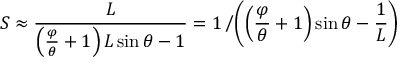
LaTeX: S \approx { \frac { L } { \left( { \frac { \varphi } { \theta } } + 1 \right) L \sin \theta - 1 } } = 1 \left/ \left( \left( { \frac { \varphi } { \theta } } + 1 \right) \sin \theta - { \frac { 1 } { L } } \right) \right.